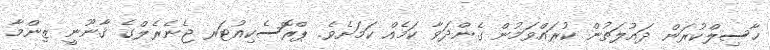
ހާސިލްކުރަން ދައުލަތުން ކުރައްވަމުން ގެންދަވާ ކަމެއް ކަމަށެވެ. ޕްރޮސެކިއުޓަރ ޖެނެރެލްގެ ޤާނޫނީ ޒިންމާ